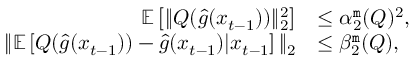
\begin{array} { r l } { \mathbb { E } \left[ \| Q ( \hat { g } ( x _ { t - 1 } ) ) \| _ { 2 } ^ { 2 } \right] } & { \leq \alpha _ { 2 } ^ { \tt m } ( Q ) ^ { 2 } , } \\ { \| \mathbb { E } \left[ Q ( \hat { g } ( x _ { t - 1 } ) ) - \hat { g } ( x _ { t - 1 } ) | x _ { t - 1 } \right] \| _ { 2 } } & { \leq \beta _ { 2 } ^ { \tt m } ( Q ) , } \end{array}